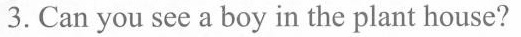
3.Can you see a boy in the plant house?